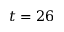
t = 2 6